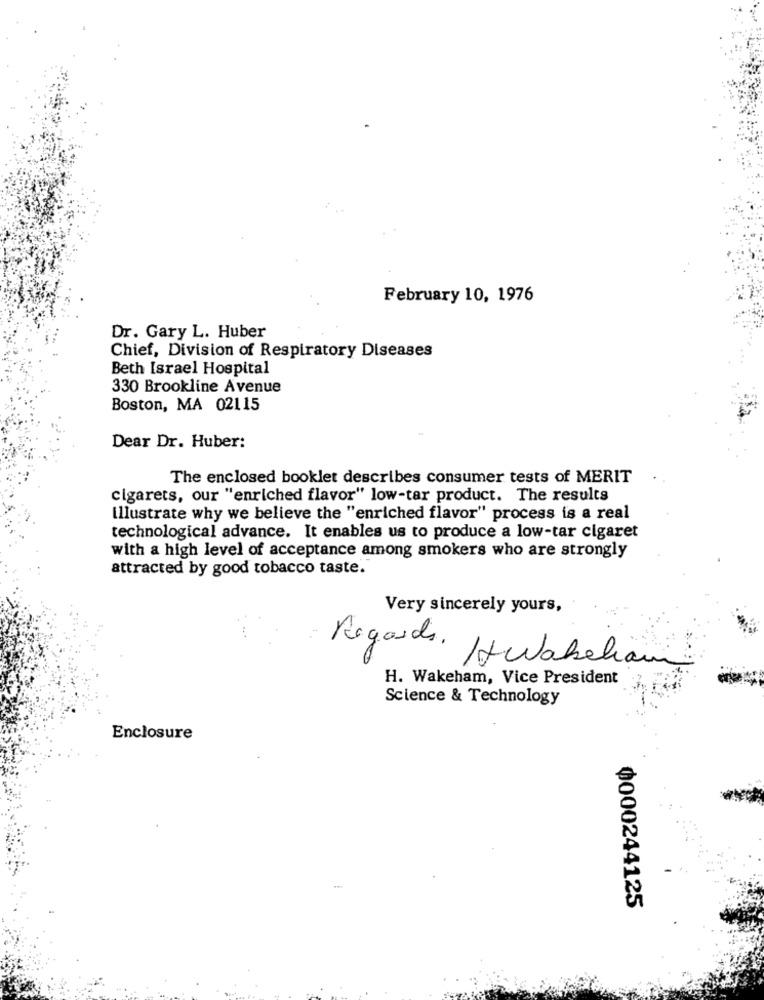
February 10, 1976
Dr. Gary L. Huber
Chief, Division of Respiratory Diseases
Beth Israel Hospital
330 Brookline Avenue
Boston, MA 02115
Dear Dr. Huber:
The enclosed booklet describes consumer tests of MERIT
cigarets, our "enriched flavor" low-tar product. The results
Illustrate why we believe the "enriched flavor" process is a real
technological advance. It enables us to produce a low-tar cigaret
with a high level of acceptance among smokers who are strongly
attracted by good tobacco taste.
Very sincerely yours,
Regards.
If Wabelian
H. Wakeham, Vice President
Science & Technology
Enclosure
0000244125